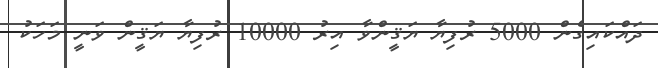
ދައްކައިގެން 5000 ރުފިޔާ ޔަޤީންވާ އިރު 10000 ރުފިޔާ ޔަޤީން ވަނީ މަހަކު